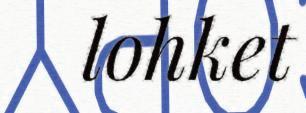
lohket